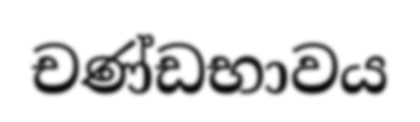
චණ්ඩභාවය